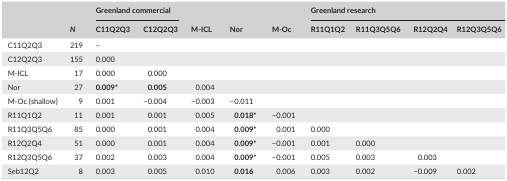
| <ROWSPAN=2>  | <ROWSPAN=2> N | <COLSPAN=2> Greenland commercial | <ROWSPAN=2> M‐ICL | <ROWSPAN=2> Nor | <ROWSPAN=2> M‐Oc | <COLSPAN=4> Greenland research |
 | C11Q2Q3 | C12Q2Q3 | R11Q1Q2 | R11Q3Q5Q6 | R12Q2Q4 | R12Q3Q5Q6 |
 | --- | --- | --- | --- | --- | --- | --- | --- | --- | --- | --- |
 | C11Q2Q3 | 219 | – |  |  |  |  |  |  |  |  |
 | C12Q2Q3 | 155 | 0.000 |  |  |  |  |  |  |  |  |
 | M‐ICL | 17 | 0.000 | 0.000 |  |  |  |  |  |  |  |
 | Nor | 27 | 0.009* | 0.005 | 0.004 |  |  |  |  |  |  |
 | M‐Oc (shallow) | 9 | 0.001 | −0.004 | −0.003 | −0.011 |  |  |  |  |  |
 | R11Q1Q2 | 11 | 0.001 | 0.001 | 0.005 | 0.018* | −0.001 |  |  |  |  |
 | R11Q3Q5Q6 | 85 | 0.000 | 0.001 | 0.004 | 0.009* | 0.001 | 0.000 |  |  |  |
 | R12Q2Q4 | 51 | 0.000 | 0.001 | 0.004 | 0.009* | −0.001 | 0.001 | 0.000 |  |  |
 | R12Q3Q5Q6 | 37 | 0.002 | 0.003 | 0.004 | 0.009* | −0.001 | 0.005 | 0.003 | 0.003 |  |
 | Seb12Q2 | 8 | 0.003 | 0.005 | 0.010 | 0.016 | 0.006 | 0.003 | 0.002 | −0.009 | 0.002 |